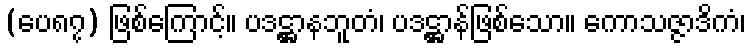
(ပေ၈၇) ဖြစ်ကြောင့်။ ပဒဋ္ဌာနဘူတံ၊ ပဒဋ္ဌာန်ဖြစ်သော။ ကောသဇ္ဇာဒိကံ၊